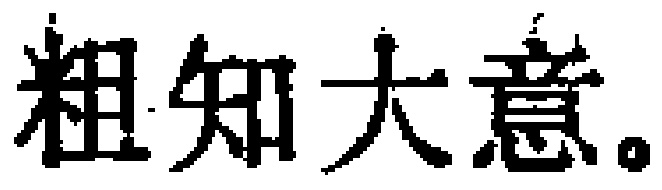
粗知大意。